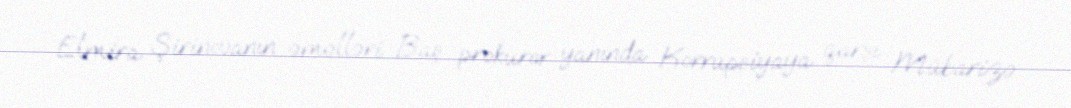
Elmira Şirinovanın əməlləri Baş prokuror yanında Korrupsiyaya qarşı Mübarizə